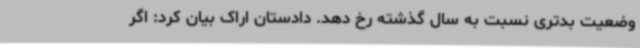
وضعیت بدتری نسبت به سال گذشته رخ دهد. دادستان اراک بیان کرد: اگر